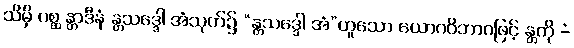
သိမှိ ဂစ္ဆ န္တာဒီနံ န္တသဒ္ဒေါ အံသုတ်၌ “န္တသဒ္ဒေါ အံ”ဟူသော ယောဂဝိဘာဂဖြင့် န္တကို -ံ